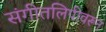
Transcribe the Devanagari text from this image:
संगीतलिपीवरून